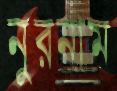
নুরনাম